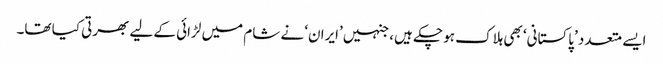
ایسے متعدد ’پاکستانی‘ بھی ہلاک ہو چکے ہیں، جنہیں ’ایران‘ نے شام میں لڑائی کے لیے بھرتی کیا تھا۔